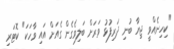
"ކިހިނެއްވީ ޖިޔާ ބުނި ދަރިފުޅު ވަރަށް ބަލިވެގެން ގެއަށް އައި ވާހަކަ" ކޮޓަރި